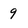
Character: 9